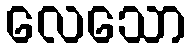
လေသော